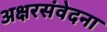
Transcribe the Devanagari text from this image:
अक्षरसंवेदना